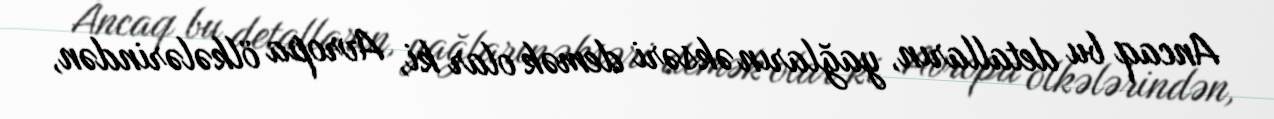
Ancaq bu detalların, yağların əksəri demək olar ki, Avropa ölkələrindən,